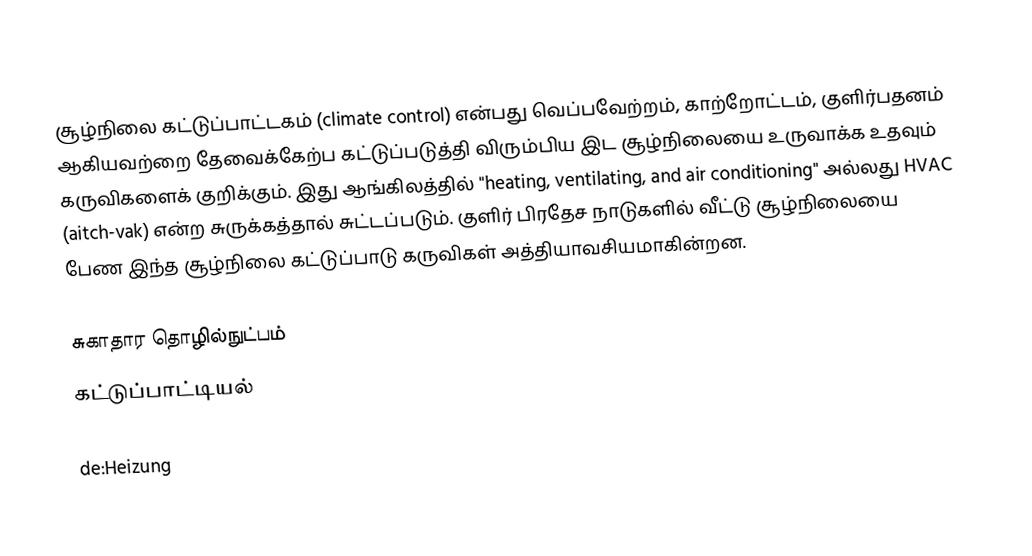
சூழ்நிலை கட்டுப்பாட்டகம் (climate control) என்பது வெப்பவேற்றம், காற்றோட்டம், குளிர்பதனம் ஆகியவற்றை தேவைக்கேற்ப கட்டுப்படுத்தி விரும்பிய இட சூழ்நிலையை உருவாக்க உதவும் கருவிகளைக் குறிக்கும். இது ஆங்கிலத்தில் "heating, ventilating, and air conditioning" அல்லது HVAC (aitch-vak) என்ற சுருக்கத்தால் சுட்டப்படும். குளிர் பிரதேச நாடுகளில் வீட்டு சூழ்நிலையை பேண இந்த சூழ்நிலை கட்டுப்பாடு கருவிகள் அத்தியாவசியமாகின்றன.

சுகாதார தொழில்நுட்பம்
கட்டுப்பாட்டியல்

de:Heizung